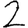
Digit: 2